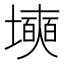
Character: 㙽